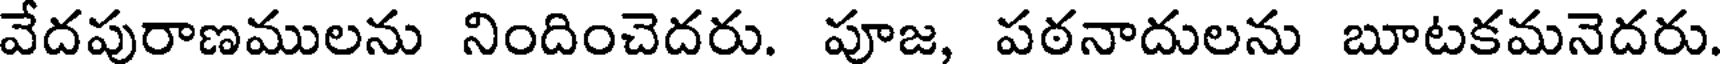
వేదపురాణములను నిందించెదరు. పూజ, పఠనాదులను బూటకమనెదరు.